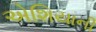
એશિયાની